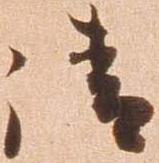
請